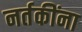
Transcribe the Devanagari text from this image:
नर्तकींना